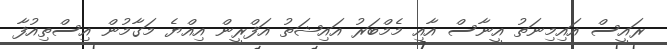
ރައީސް އައިމިނަތު އީނާސް އާއި މެމްބަރު އައިޝަތު އަފްރީން އިއްޔެ މަގާމުން އިސްތިއުފާ